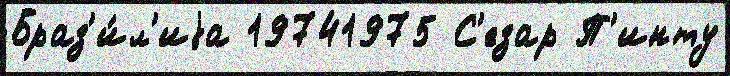
Браз'и́л'иjа 19741975 С'езар П'инту